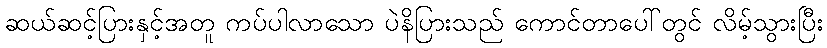
ဆယ်ဆင့်ပြားနှင့်အတူ ကပ်ပါလာသော ပဲနိပြားသည် ကောင်တာပေါ်တွင် လိမ့်သွားပြီး